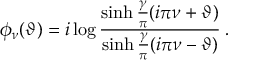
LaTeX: \phi _ { \nu } ( \vartheta ) = i \log \frac { \sinh \frac { \gamma } { \pi } ( i \pi \nu + \vartheta ) } { \sinh \frac { \gamma } { \pi } ( i \pi \nu - \vartheta ) } \: .